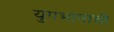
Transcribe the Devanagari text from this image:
युगभानाची